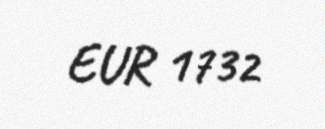
EUR 1732